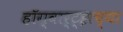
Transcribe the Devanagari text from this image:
हॉग्वार्ट्झच्या